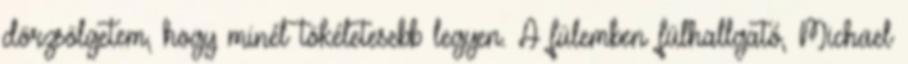
dörzsölgetem, hogy minél tökéletesebb legyen. A fülemben fülhallgató, Michael